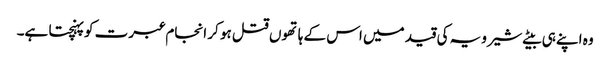
وہ اپنے ہی بیٹے شیرویہ کی قید میں اس کے ہاتھوں قتل ہو کر انجام عبرت کو پہنچتا ہے۔